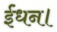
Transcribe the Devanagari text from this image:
ईंधन।